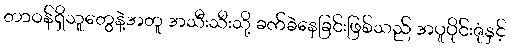
တာဝန်ရှိသူတွေနဲ့အတူ အသီးသီးသို့ ခက်ခဲနေခြင်းဖြစ်သည် အပူပိုင်းဇုံနှင့်